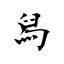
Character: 舄